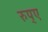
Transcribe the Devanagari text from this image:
रुप्ए